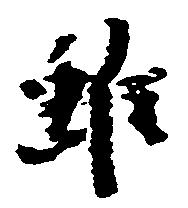
雖